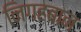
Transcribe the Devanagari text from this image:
निगहबान